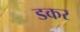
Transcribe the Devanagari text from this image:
डकर